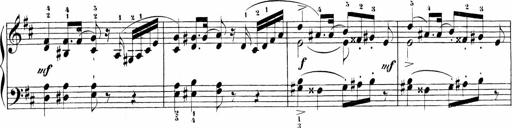
Title: Sonatinen Op.47, 98 und 136, nebst 6 Liedersonatinen
Composer: Carl Reinecke